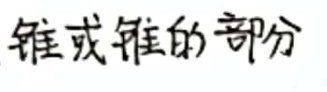
锥或锥的部分